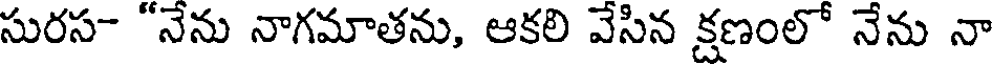
సురస- "నేను నాగమాతను, ఆకలి వేసిన క్షణంలో నేను నా